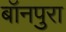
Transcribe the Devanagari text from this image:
बॉनपुरा